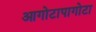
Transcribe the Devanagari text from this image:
आगोटापागोटा